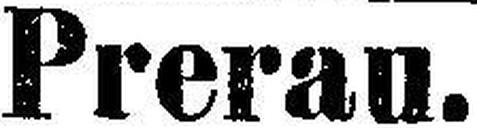
Prerau.